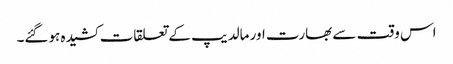
اس وقت سے بھارت اور مالدیپ کے تعلقات کشیدہ ہوگئے۔